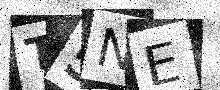
Text: T5NE